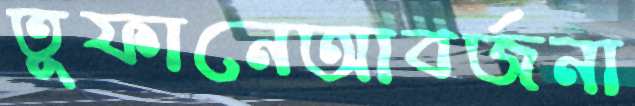
তুফানেআবর্জনা